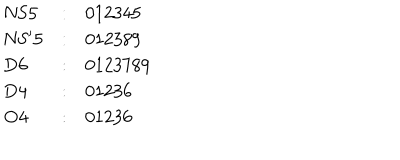
LaTeX: \begin{array} { l c l } { { \mathrm { N S 5 } } } & { { : } } & { { 0 1 2 3 4 5 } } \\ { { \mathrm { N S ^ { \prime } 5 } } } & { { : } } & { { 0 1 2 3 8 9 } } \\ { { \mathrm { D 6 } } } & { { : } } & { { 0 1 2 3 7 8 9 } } \\ { { \mathrm { D 4 } } } & { { : } } & { { 0 1 2 3 6 } } \\ { { \mathrm { O 4 } } } & { { : } } & { { 0 1 2 3 6 } } \\ \end{array}